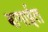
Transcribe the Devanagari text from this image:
बागाईत